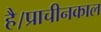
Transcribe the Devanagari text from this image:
है।प्राचीनकाल